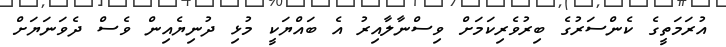
އުރަމަތީގެ ކެންސަރުގެ ބިރުވެރިކަމަށް ވިސްނާލާއިރު އެ ބައްޔަކީ މުޅި ދުނިޔެއިން ވެސް ދެވަނަޔަށް